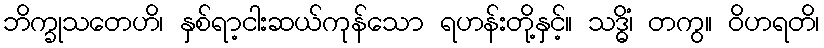
ဘိက္ခုသတေဟိ၊ နှစ်ရာ့ငါးဆယ်ကုန်သော ရဟန်းတို့နှင့်။ သဒ္ဓိံ၊ တကွ။ ဝိဟရတိ၊